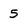
Character: 5